Vaccination in Burma 1920-1933 - 1920-1933
Year: 1920
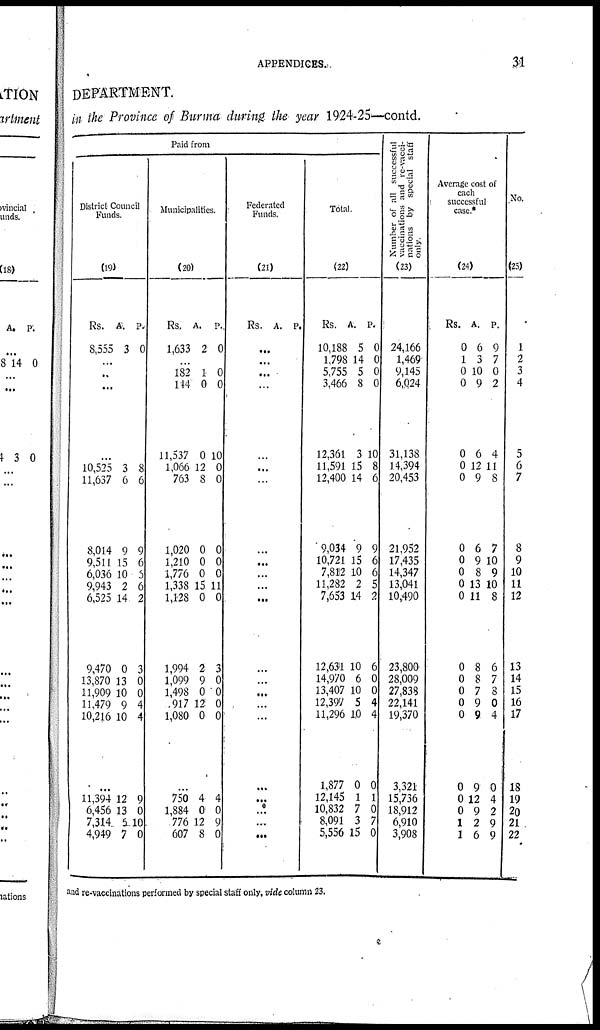
APPENDICES.
31
DEPARTMFNT.
in the Province of Burma during the year 1924-25—contd.
Paid from
District Council
Funds.
(19)
Rs.
8,555
A.
3
P.
0
...
...
...
...
10,525
11,637
8,014
9,511
6,036
9,943
6,525
9,470
13,870
11,909
11,479
10,216
3
6
9
15
10
2
14
0
13
10
9
10
8
6
9
6
5
6
2
3
0
0
4
4
...
11,394
6,456
7,314
4,949
12
13
6
7
9
0
10
0
Municipalities.
(20)
Rs.
1,633
A.
2
P.
0
...
182
144
11,537
1,066
763
1,020
1,210
1,776
1,338
1,128
1,994
1,099
1,498
917
1,080
1
0
0
12
8
0
0
0
15
0
2
9
0
12
0
0
0
10
0
0
0
0
0
11
0
3
0
0
0
0
...
750
1,884
776
607
4
0
12
8
4
0
9
0
Federated
Funds.
(21)
Rs. A. P.
...
...
...
...
...
...
...
...
...
...
...
...
...
...
...
...
...
...
...
...
...
...
Total.
(22)
Rs.
10,188
1,798
5,755
3,466
12,361
11,591
12,400
9,034
10,721
7,812
11,282
7,653
12,631
14,970
13,407
12,397
11,296
1,877
12,145
10,832
8,091
5,556
A.
5
14
5
8
3
15
14
9
15
10
2
14
10
6
10
5
10
0
1
7
3
15
P.
0
0
0
0
10
8
6
9
6
6
5
2
6
0
0
4
4
0
1
0
7
0
Number of all successful
vaccinations and re-vacci-
nations by special staff
only.
(23)
24,166
1,469
9,145
6,024
31,138
14,394
20,453
21,952
17,435
14,347
13,041
10,490
23,800
28,009
27,838
22,141
19,370
3,321
15,736
18,912
6,910
3,908
Average cost of
each
successful
case.*
(24)
Rs.
0
1
0
0
0
0
0
0
0
0
0
0
0
0
0
0
0
0
0
0
1
1
A.
6
3
10
9
6
12
9
6
9
8
13
11
8
8
7
9
9
9
12
9
2
6
P.
9
7
0
2
4
11
8
7
10
9
10
8
6
7
8
0
4
0
4
2
9
9
No.
(25)
1
2
3
4
5
6
7
8
9
10
11
12
13
14
15
16
17
18
19
20
21
22
and re-vaccinations performed by special staff only, vide column 23.